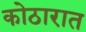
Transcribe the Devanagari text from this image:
कोठारात